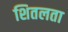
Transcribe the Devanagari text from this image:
शितलता